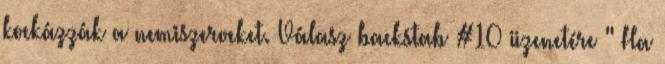
kockázzák a nemiszerveket. Válasz backstab #10 üzenetére " Ha